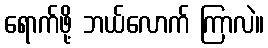
ရောက်ဖို့ ဘယ်လောက် ကြာလဲ။